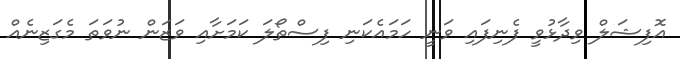
އޮފިޝަލް ވިދާޅުވީ ފެނިފައި ވަނީ ހަމައެކަނި ފިސްތޯލަ ކަމަށާއި ވަޒަން ނުވަތަ މެގަޒިނެއް